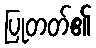
ပြုတတ်၏